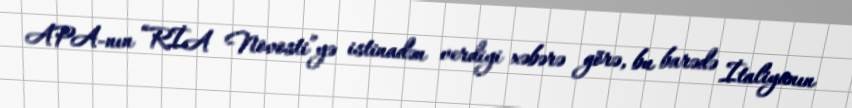
APA-nın “RİA Novosti”yə istinadən verdiyi xəbərə görə, bu barədə İtaliyanın